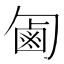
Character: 㔪